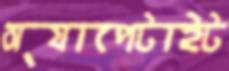
অ্যাপেটাইট